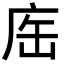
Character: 𢈊